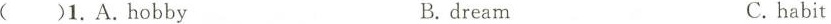
()1.A.Hobby B.dream C. habit